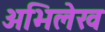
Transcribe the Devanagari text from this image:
अभिलेख